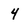
Character: 4